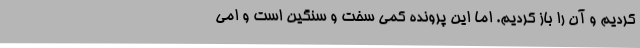
کردیم و آن را باز کردیم. اما این پرونده کمی سخت و سنگین است و امی